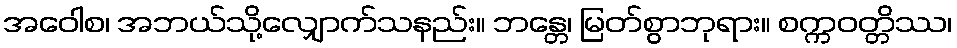
အဝေါစ၊ အဘယ်သို့လျှောက်သနည်း။ ဘန္တေ၊ မြတ်စွာဘုရား။ စက္ကဝတ္တိဿ၊